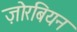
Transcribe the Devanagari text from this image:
ज़ोरबियन